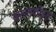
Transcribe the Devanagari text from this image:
पातालकोहड़ा